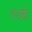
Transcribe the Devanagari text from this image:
ताझी